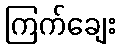
ကြက်ချေး